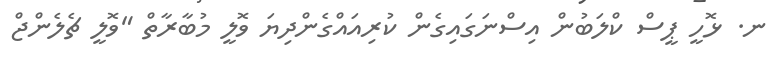
ނ. ޅޮހީ ޕީސް ކްލަބުން އިސްނަގައިގެން ކުރިއައްގެންދިޔަ ވޮލީ މުބާރާތް "ވޮލީ ޗެލެންޖް